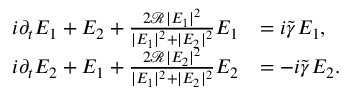
\begin{array} { r l } { i \partial _ { t } E _ { 1 } + E _ { 2 } + \frac { 2 \mathcal R | E _ { 1 } | ^ { 2 } } { | E _ { 1 } | ^ { 2 } + | E _ { 2 } | ^ { 2 } } E _ { 1 } } & { = i \tilde { \gamma } E _ { 1 } , } \\ { i \partial _ { t } E _ { 2 } + E _ { 1 } + \frac { 2 \mathcal R | E _ { 2 } | ^ { 2 } } { | E _ { 1 } | ^ { 2 } + | E _ { 2 } | ^ { 2 } } E _ { 2 } } & { = - i \tilde { \gamma } E _ { 2 } . } \end{array}